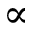
\propto